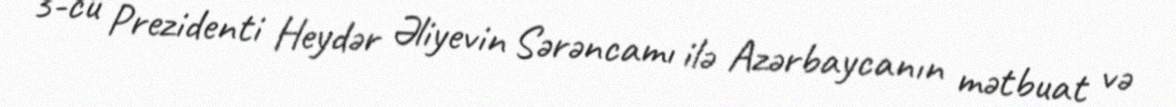
3-cü Prezidenti Heydər Əliyevin Sərəncamı ilə Azərbaycanın mətbuat və